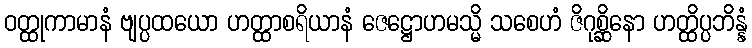
ဝတ္ထုကာမာနံ ဗျပ္ပထယော ဟတ္ထာစရိယာနံ ဇေဋ္ဌောဟမသ္မိ သစေဟံ ဇိဂုစ္ဆိနော ဟတ္ထိပ္ပဘိန္နံ